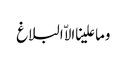
وما علینا الاّ البلاغ